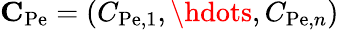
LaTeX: \mathbf{C}_{\mathrm{Pe}}=(C_{\mathrm{Pe},1},\hdots,C_{\mathrm{Pe},n})